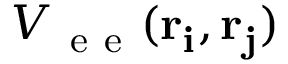
V _ { \mathrm { ~ e ~ e ~ } } ( \bf r _ { i } , \bf r _ { j } )